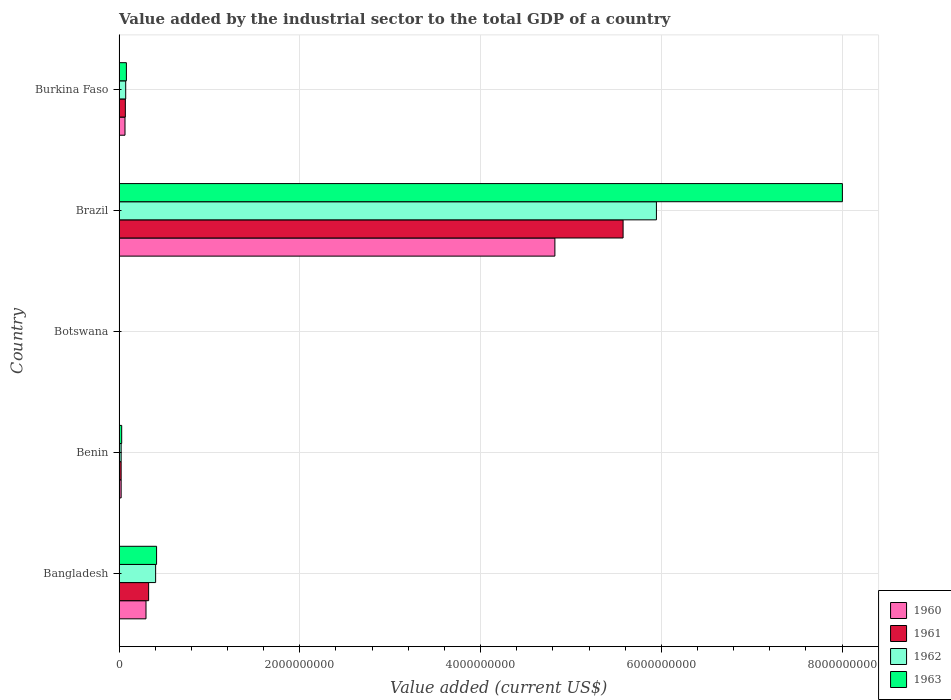
| Country | 1960 | 1961 | 1962 | 1963 |
 | --- | --- | --- | --- | --- |
 | Bangladesh | 2.98e+08 | 3.27e+08 | 4.05e+08 | 4.15e+08 |
 | Benin | 2.31e+07 | 2.31e+07 | 2.32e+07 | 2.91e+07 |
 | Botswana | 4.05e+06 | 4.05e+06 | 4.05e+06 | 4.04e+06 |
 | Brazil | 4.82e+09 | 5.58e+09 | 5.95e+09 | 8e+09 |
 | Burkina Faso | 6.58e+07 | 6.97e+07 | 7.35e+07 | 8.13e+07 |